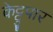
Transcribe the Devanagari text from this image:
केट्टुपार